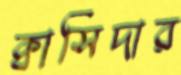
ক্বাসিদার